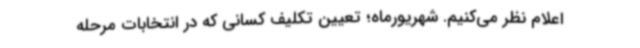
اعلام نظر می‌کنیم. شهریورماه؛ تعیین تکلیف کسانی که در انتخابات مرحله